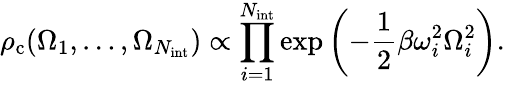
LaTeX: \rho_{\mathrm{c}}(\Omega_{1},\dots,\Omega_{N_{\mathrm{int}}})\propto\prod_{i=1}^{N_{\mathrm{int}}}\exp\left(-\frac{1}{2}\beta\omega_{i}^{2}\Omega_{i}^{2}\right).